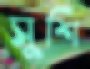
সুশি